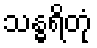
သန္ဓရိတုံ